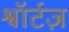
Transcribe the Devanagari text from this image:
श्वॉर्टज़